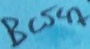
Text: BC547